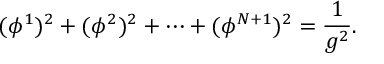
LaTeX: ( \phi ^ { 1 } ) ^ { 2 } + ( \phi ^ { 2 } ) ^ { 2 } + \cdots + ( \phi ^ { N + 1 } ) ^ { 2 } = \frac { 1 } { g ^ { 2 } } .